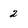
Character: 2